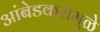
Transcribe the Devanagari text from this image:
आंबेडकरांमुळे